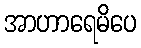
အာဟာရေမိပေ